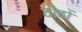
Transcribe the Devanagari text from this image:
ठाठों